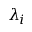
\lambda _ { i }